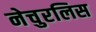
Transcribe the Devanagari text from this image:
नेचुरलिस